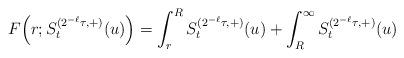
LaTeX: \begin{align*}F\Big(r;S_{t}^{(2^{-\ell}\tau,+)}(u)\Big) = \int_r^R S_{t}^{(2^{-\ell}\tau,+)}(u) + \int_R^\infty S_{t}^{(2^{-\ell}\tau,+)}(u)\end{align*}